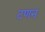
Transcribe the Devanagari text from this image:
टणन